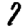
Digit: 7